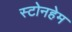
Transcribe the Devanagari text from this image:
स्टोनहेम